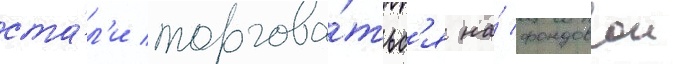
ста́л'и торгова́тьс'я на́ фондовои